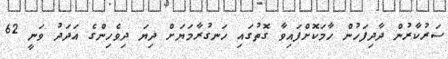
ސަރުކާރުން ދާދިފަހުން ހާމަކޮށްފައިވާ ގޮތުގައި ހަނގުރާމަޔަށް ދިޔަ ދިވެހިންގެ އަދަދު ވަނީ 62